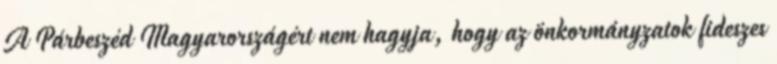
A Párbeszéd Magyarországért nem hagyja, hogy az önkormányzatok fideszes